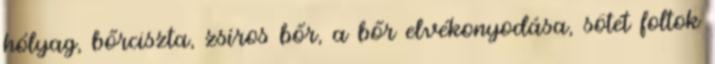
hólyag, bőrciszta, zsíros bőr, a bőr elvékonyodása, sötét foltok